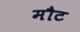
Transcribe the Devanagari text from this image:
मौट